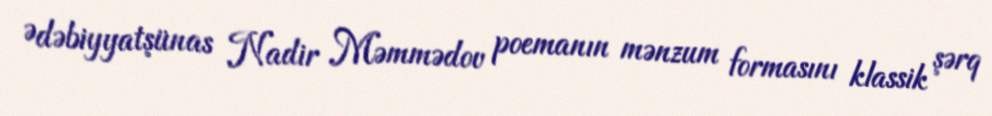
Ədəbiyyatşünas Nadir Məmmədov poemanın mənzum formasını klassik şərq